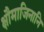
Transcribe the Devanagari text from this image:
क्षौमाजिनानि